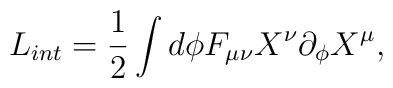
L_{int} = \frac{1}{2} \int d\phi F_{\mu\nu} X^\nu \partial_\phi X^\mu,